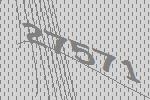
27571